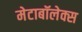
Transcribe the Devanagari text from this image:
मेटाबॉलेक्स